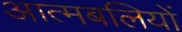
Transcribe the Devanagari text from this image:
आत्मबलियों